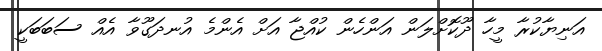
އަނިޔާކުރާ މީހާ ދޫކޮށްލަން އަންހެން ކުއްޖާ އަށް އެންމެ އުނދަގޫވާ އެއް ސަބަބަކީ